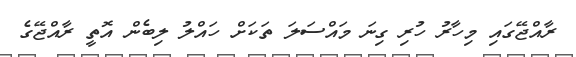
ރާއްޖޭގައި މިހާރު ހުރި ގިނަ މައްސަލަ ތަކަށް ހައްލު ލިބެން އޮތީ ރާއްޖޭގެ